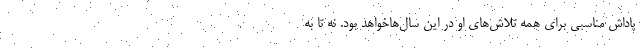
پاداش مناسبی برای همه تلاش‌های او در این سال‌هاخواهد بود. نه تا به